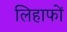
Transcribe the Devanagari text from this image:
लिहाफों